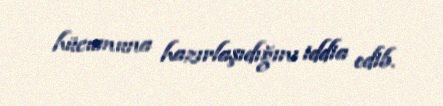
hücumuna hazırlaşıdığını iddia edib.